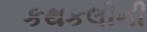
કથકલીની